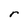
Character: r